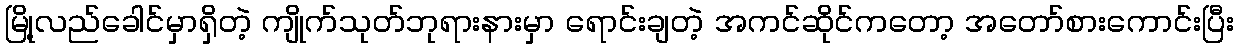
မြို့လည်ခေါင်မှာရှိတဲ့ ကျိုက်သုတ်ဘုရားနားမှာ ရောင်းချတဲ့ အကင်ဆိုင်ကတော့ အတော်စားကောင်းပြီး